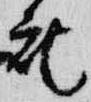
記